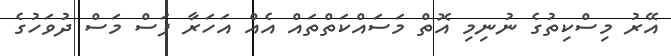
އޭރު މިސްކިތުގެ ނުނިމި އޮތް މަސައްކަތްތައް އެއް އަހަރާ ފަސް މަސް ދުވަހުގެ